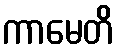
ကာမေတိ